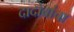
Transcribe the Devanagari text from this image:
दादोबांचा